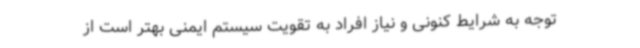
توجه به شرایط کنونی و نیاز افراد به تقویت سیستم ایمنی بهتر است از